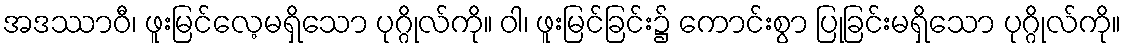
အဒဿာဝီ၊ ဖူးမြင်လေ့မရှိသော ပုဂ္ဂိုလ်ကို။ ဝါ၊ ဖူးမြင်ခြင်း၌ ကောင်းစွာ ပြုခြင်းမရှိသော ပုဂ္ဂိုလ်ကို။